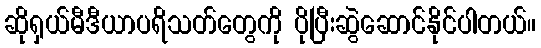
ဆိုရှယ်မီဒီယာပရိသတ်တွေကို ပိုပြီးဆွဲဆောင်နိုင်ပါတယ်။